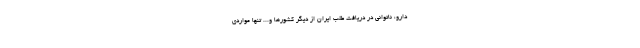
دارو، ناتوانی در دریافت طلب ایران از دیگر کشورها و... تنها مواردی